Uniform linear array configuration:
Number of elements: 32
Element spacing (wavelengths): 0.25
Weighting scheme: cosine
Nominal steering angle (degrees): -60
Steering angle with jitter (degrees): -59.071
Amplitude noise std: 0.05
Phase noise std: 0.05

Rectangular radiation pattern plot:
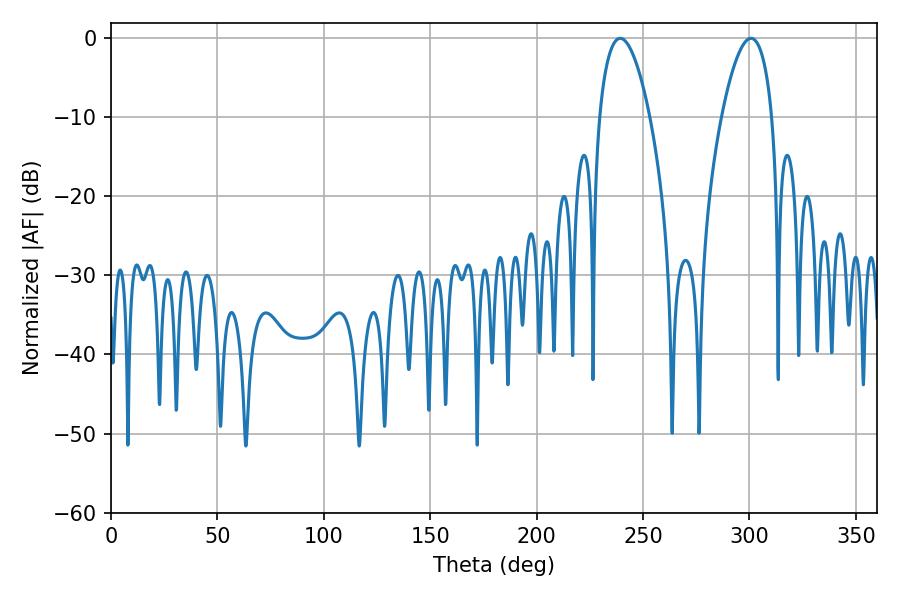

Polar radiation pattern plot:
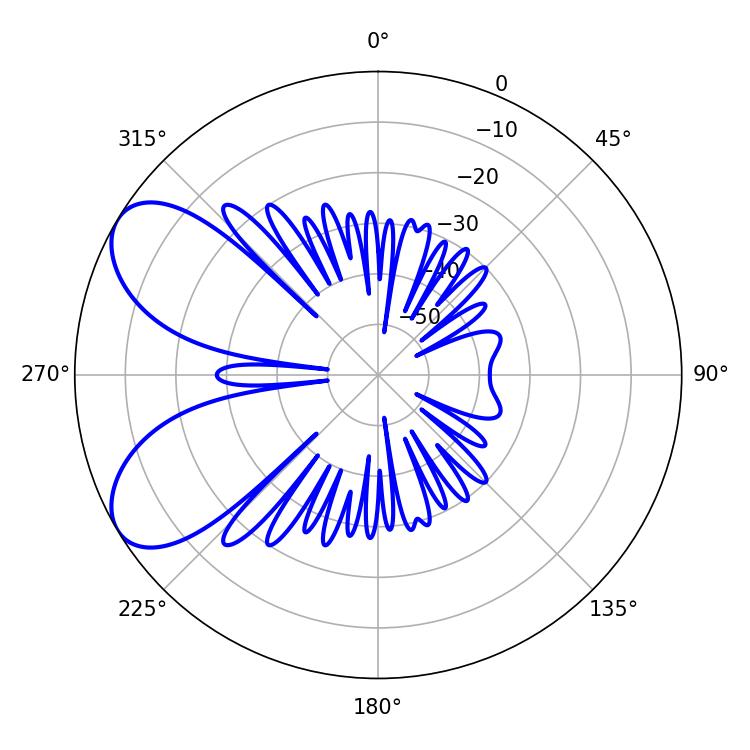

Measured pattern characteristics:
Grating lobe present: FALSE
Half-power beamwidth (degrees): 13.32
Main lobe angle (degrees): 300.78